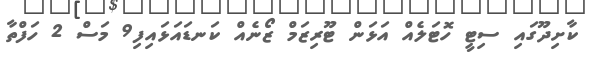
ކާށިދޫގައި ސިޓީ ހޮޓަލެއް އަޅަން ޓޫރިޒަމް ޒޯނެއް ކަނޑައަޅައިފި9 މަސް 2 ހަފްތާ